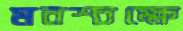
মনশ্চক্ষে